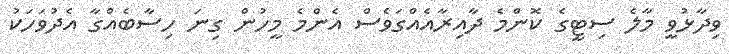
ވިދާޅުވީ މާލެ ސިޓީގެ ކޮންމެ ދާއިރާއެއްގަވެސް އެންމެ މީހުން ގިނަ ހިސާބެއްގާ އެދުވަހަކު